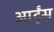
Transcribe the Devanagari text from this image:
आर्टूंस